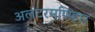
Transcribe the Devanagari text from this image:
अलटरमणिहार